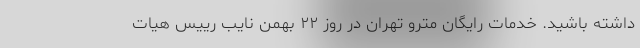
داشته باشید. خدمات رایگان مترو تهران در روز ۲۲ بهمن نایب رییس هیات